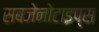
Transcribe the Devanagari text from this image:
सबजेनोटाइप्स